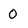
Character: O